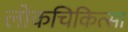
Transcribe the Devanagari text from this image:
लोकचिकित्सा